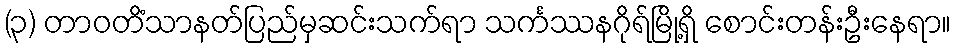
(၃) တာဝတိံသာနတ်ပြည်မှဆင်းသက်ရာ သင်္ကဿနဂိုရ်မြို့ရှိ စောင်းတန်းဦးနေရာ။